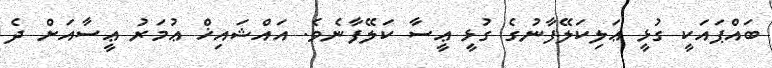
ބައްޕައަކީ ގުޅީ ޢަލިކަލޭފާނުގެ ގުޅީ ޢީސާ ކަލޭފާނެވެ. އައްޝައިޚް ޢުމަރު ޢީސާއަށް ދެ